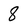
Character: 8